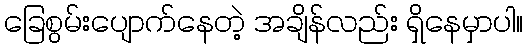
ခြေစွမ်းပျောက်နေတဲ့ အချိန်လည်း ရှိနေမှာပါ။